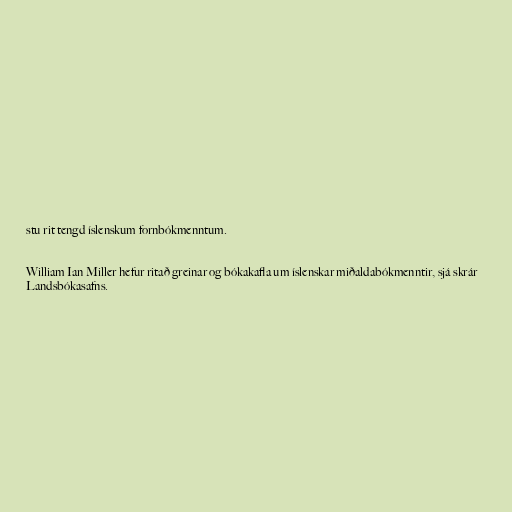
stu rit tengd íslenskum fornbókmenntum.

William Ian Miller hefur ritað greinar og bókakafla um íslenskar miðaldabókmenntir, sjá skrár
Landsbókasafns.